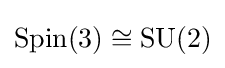
\mathrm {Spin} (3)\cong \mathrm {SU} (2)